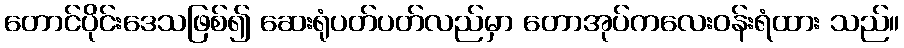
တောင်ပိုင်းဒေသဖြစ်၍ ဆေးရုံပတ်ပတ်လည်မှာ တောအုပ်ကလေးဝန်းရံထား သည်။